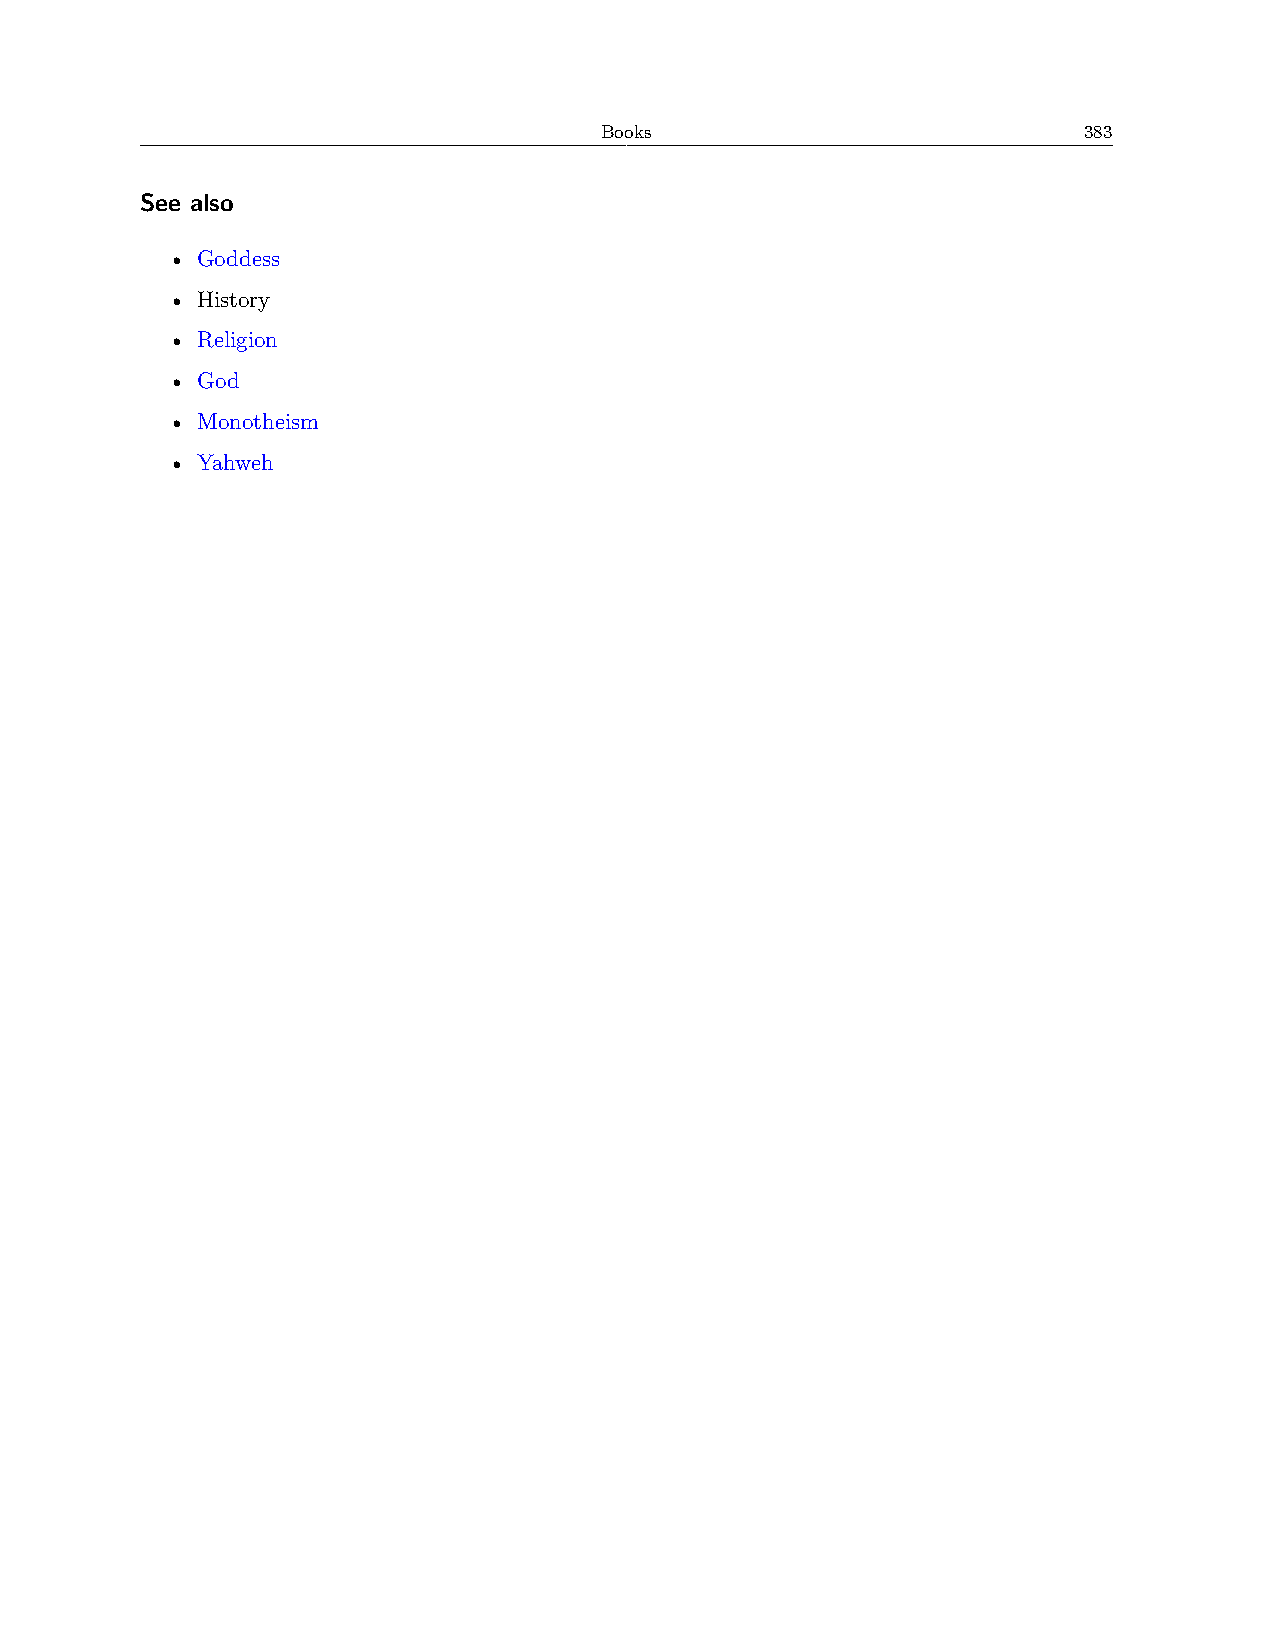
Books                           383
 See also
 • Goddess
 • History
 • Religion
 • God
 • Monotheism
 • Yahweh